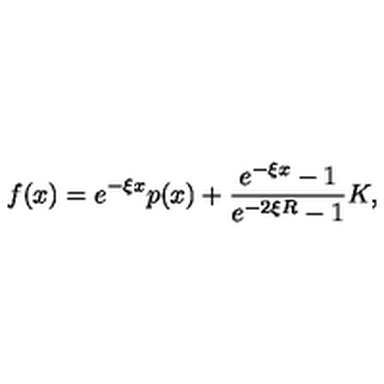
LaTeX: f ( x ) = e ^ { - \xi x } p ( x ) + \frac { e ^ { - \xi x } - 1 } { e ^ { - 2 \xi R } - 1 } K ,